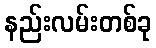
နည်းလမ်းတစ်ခု